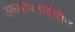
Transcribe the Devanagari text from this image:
अध्यापनाखेरीज